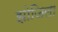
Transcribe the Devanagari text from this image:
झोजिला